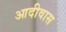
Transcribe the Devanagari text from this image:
आदीवास